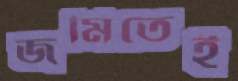
জমিতেই